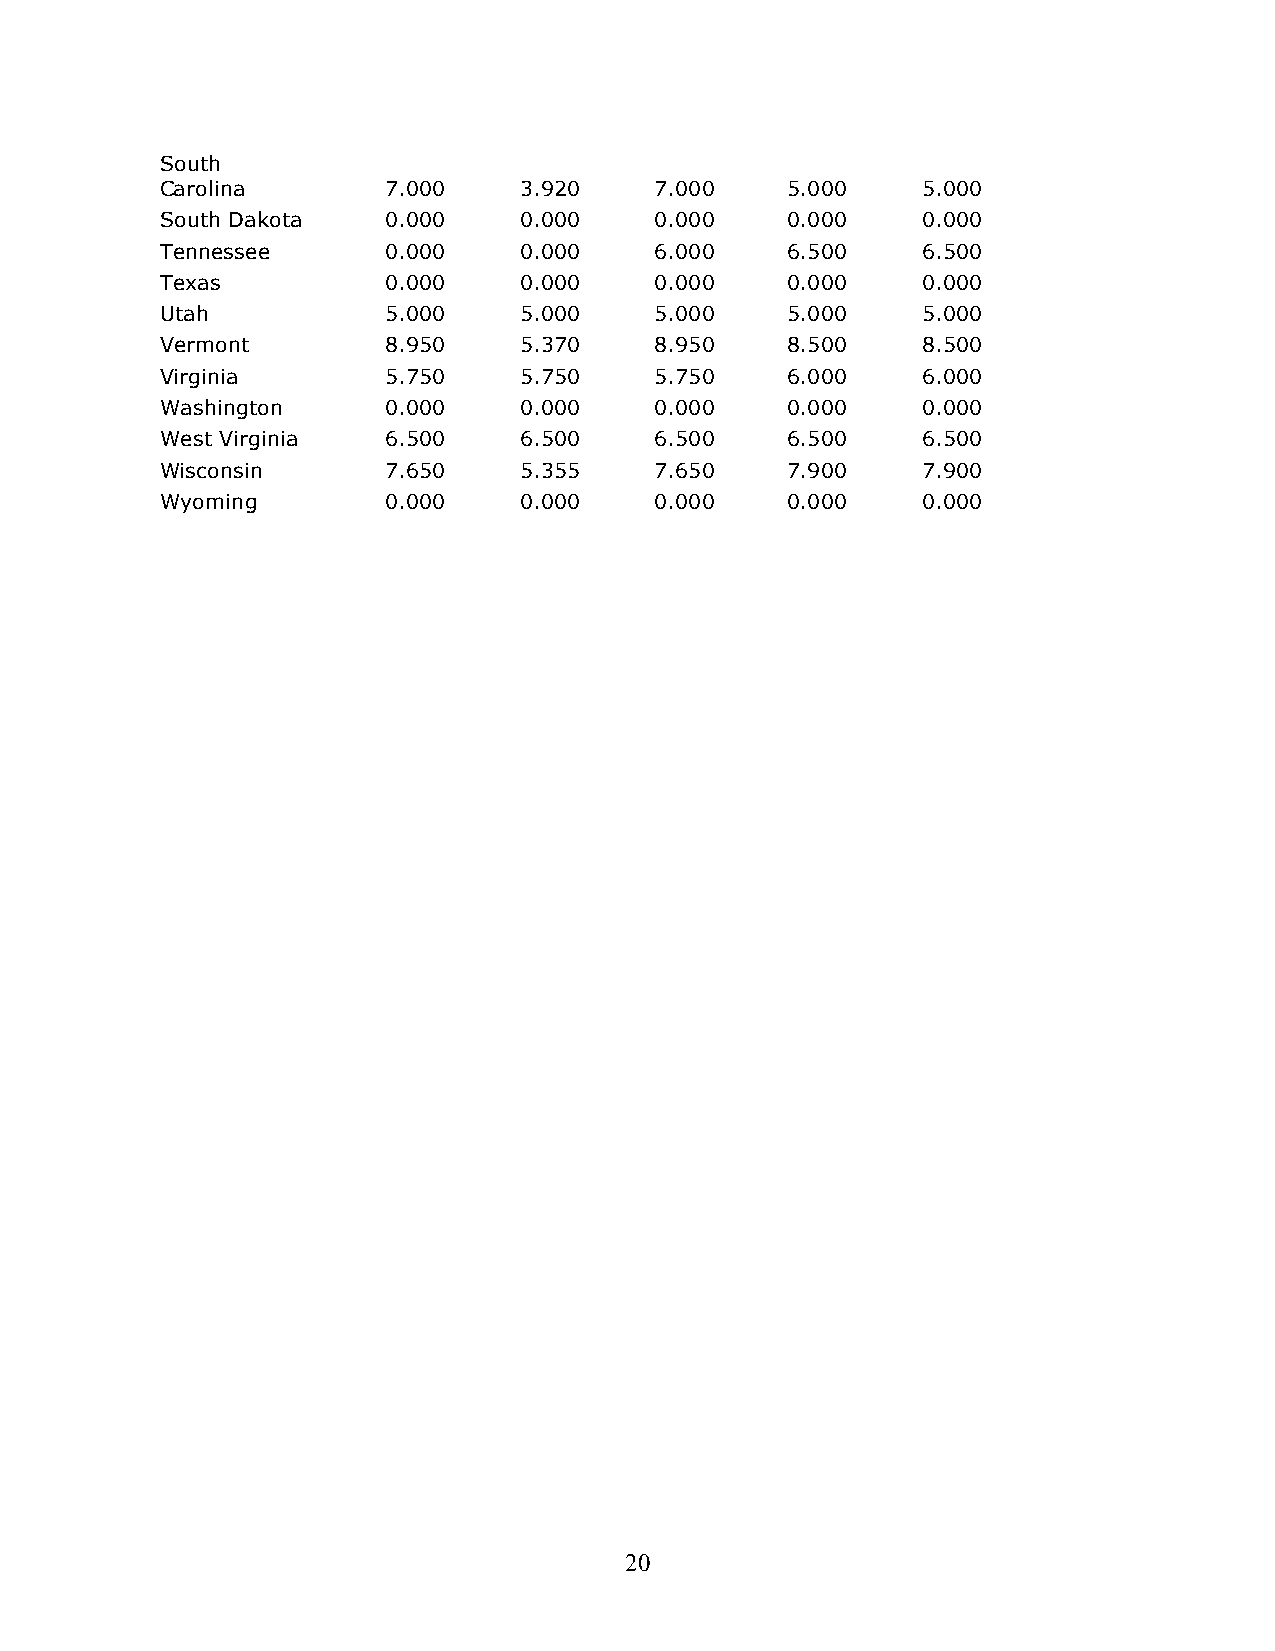
South
 Carolina      7.000    3.920    7.000    5.000    5.000
 South Dakota  0.000    0.000    0.000    0.000    0.000
 Tennessee     0.000    0.000    6.000    6.500    6.500
 Texas         0.000    0.000    0.000    0.000    0.000
 Utah          5.000    5.000    5.000    5.000    5.000
 Vermont       8.950    5.370    8.950    8.500    8.500
 Virginia      5.750    5.750    5.750    6.000    6.000
 Washington    0.000    0.000    0.000    0.000    0.000
 West Virginia 6.500    6.500    6.500    6.500    6.500
 Wisconsin     7.650    5.355    7.650    7.900    7.900
 Wyoming       0.000    0.000    0.000    0.000    0.000
 20